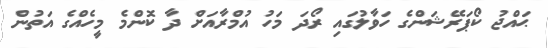
ޙައްޖު ކޯޕަރޭޝަންގެ ހަވާލުގައި ރޯދަ މަހު އުމްރާއަަށް ދާ ކޮންމެ މީހެއްގެ އަތުން